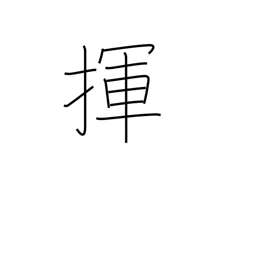
Meaning: wag